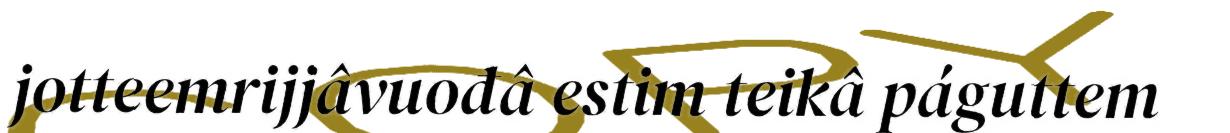
jotteemrijjâvuođâ estim teikâ páguttem